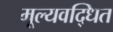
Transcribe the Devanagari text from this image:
मूल्यवद्धित